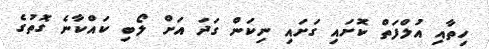
ހިތާއި އުލްފަތް ކޮށައި ގަށައި ނިކަން ގަދަ އަށް ލޯބި ކައްކާނެ ގޮތުގެ